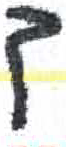
אות: ך